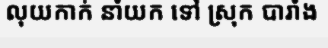
លុយកាក់ នាំយក ទៅ ស្រុក បារាំង